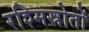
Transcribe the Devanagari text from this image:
रश्मिस्रोतों